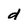
Character: d